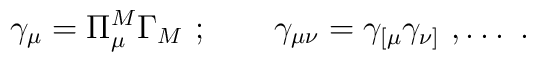
\gamma_\mu=\Pi_\mu^M \Gamma_M\ ; \qquad \gamma_{\mu\nu}=\gamma_{[\mu}\gamma_{\nu]}\ ,\ldots\ .